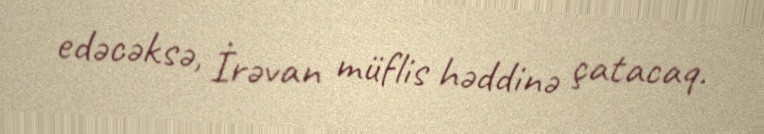
edəcəksə, İrəvan müflis həddinə çatacaq.